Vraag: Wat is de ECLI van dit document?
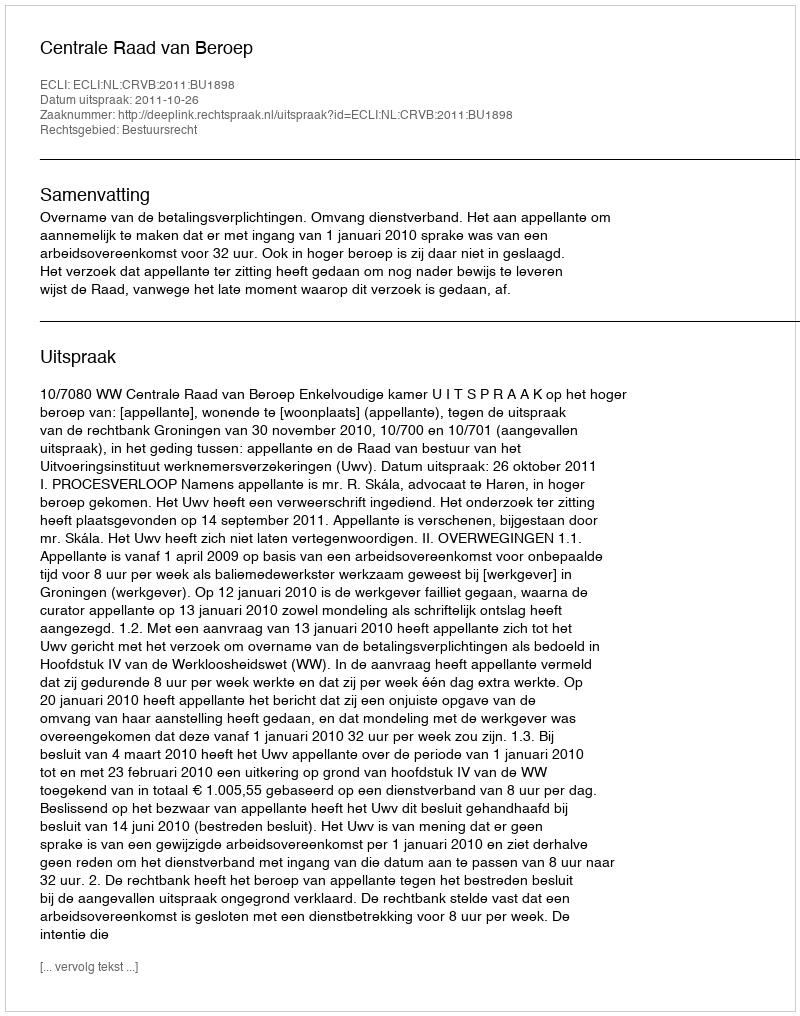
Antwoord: ECLI:NL:CRVB:2011:BU1898